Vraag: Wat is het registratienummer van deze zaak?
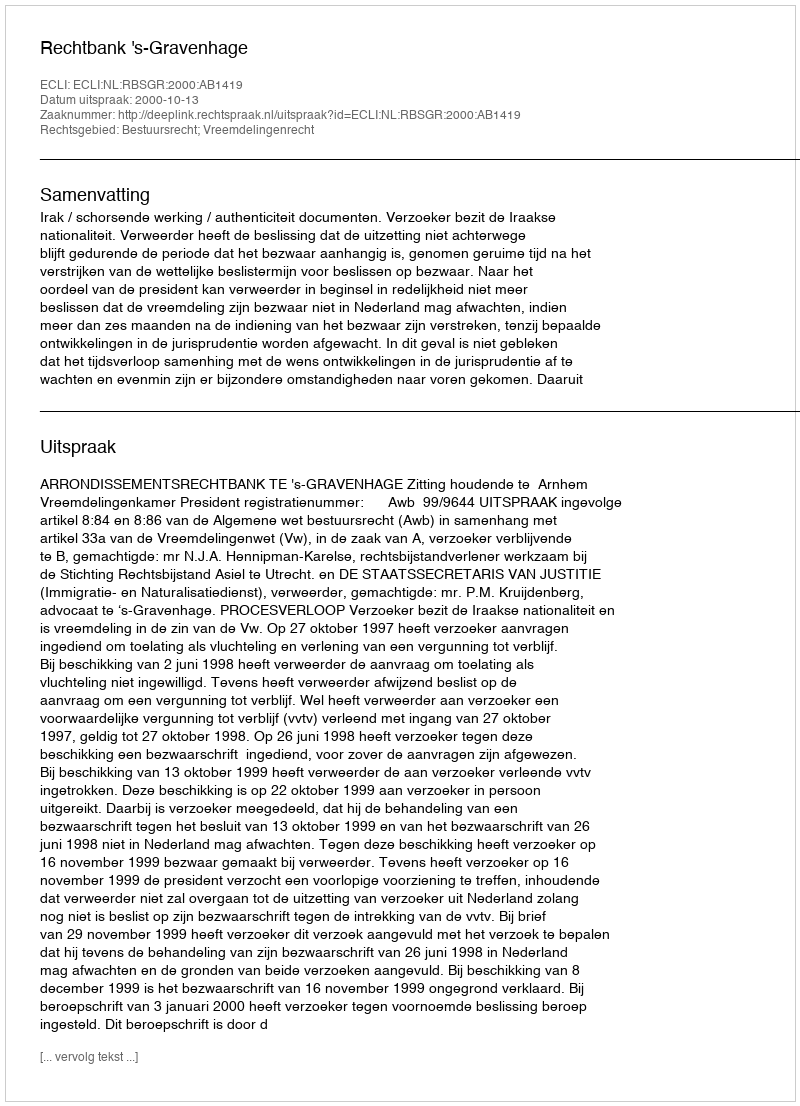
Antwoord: http://deeplink.rechtspraak.nl/uitspraak?id=ECLI:NL:RBSGR:2000:AB1419